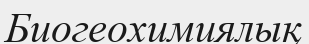
Биогеохимиялық